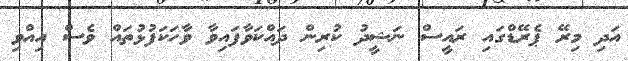
އަދި މިރޭ ޕެރޭޑްގައި ރައީސް ނަޝީދު ކުރިން ދައްކަވާފައިވާ ވާހަކަފުޅުތައް ވެސް އިއްވި